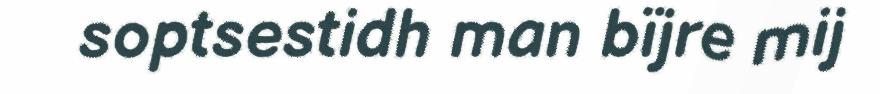
soptsestidh man bïjre mij